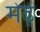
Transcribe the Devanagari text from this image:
मेढे़